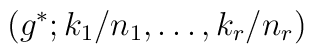
\left( g^{*};k_{1}/n_{1},\ldots ,k_{r}/n_{r}\right)